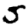
Digit: 5